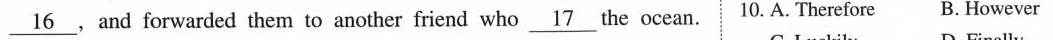
\underlie{16},and forwarded them to another friend who \underline{17} the ocean. 10. A. Therefore B. However